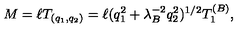
M = \ell T _ { ( q _ { 1 } , q _ { 2 } ) } = \ell ( q _ { 1 } ^ { 2 } + \lambda _ { B } ^ { - 2 } q _ { 2 } ^ { 2 } ) ^ { 1 / 2 } T _ { 1 } ^ { ( B ) } ,